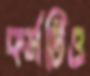
কর্মটিও